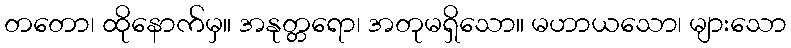
တတော၊ ထိုနောက်မှ။ အနုတ္တရော၊ အတုမရှိသော။ မဟာယသော၊ များသော